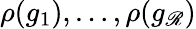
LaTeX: \rho(g_{1}),\ldots,\rho(g_{\mathscr{R}})